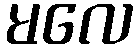
မလေ